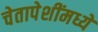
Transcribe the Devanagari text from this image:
चेतापेशींमध्ये